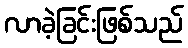
လာခဲ့ခြင်းဖြစ်သည်